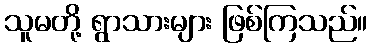
သူမတို့ ရွာသားများ ဖြစ်ကြသည်။